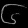
Digit: ၆